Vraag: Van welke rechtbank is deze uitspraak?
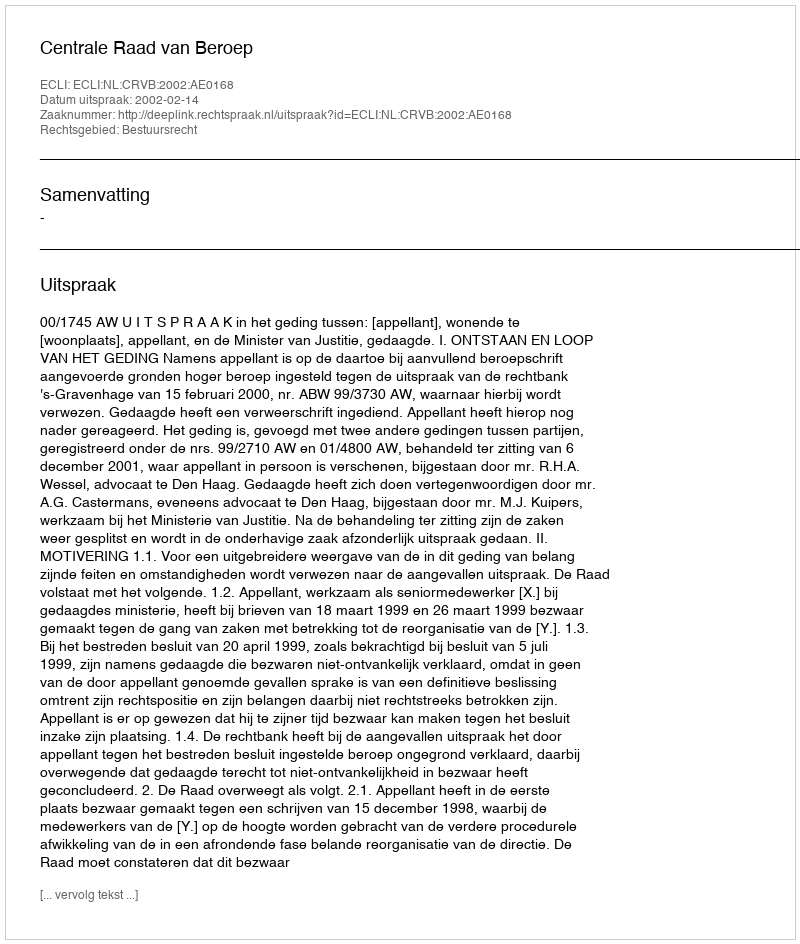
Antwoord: Centrale Raad van Beroep